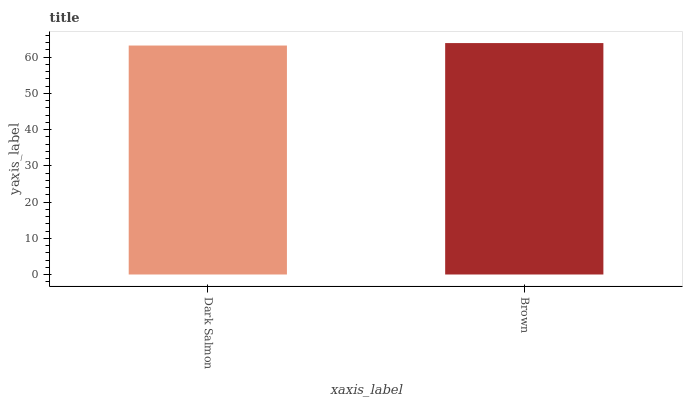
| xaxis_label | bars |
 | --- | --- |
 | Dark Salmon | 63.2 |
 | Brown | 63.9 |